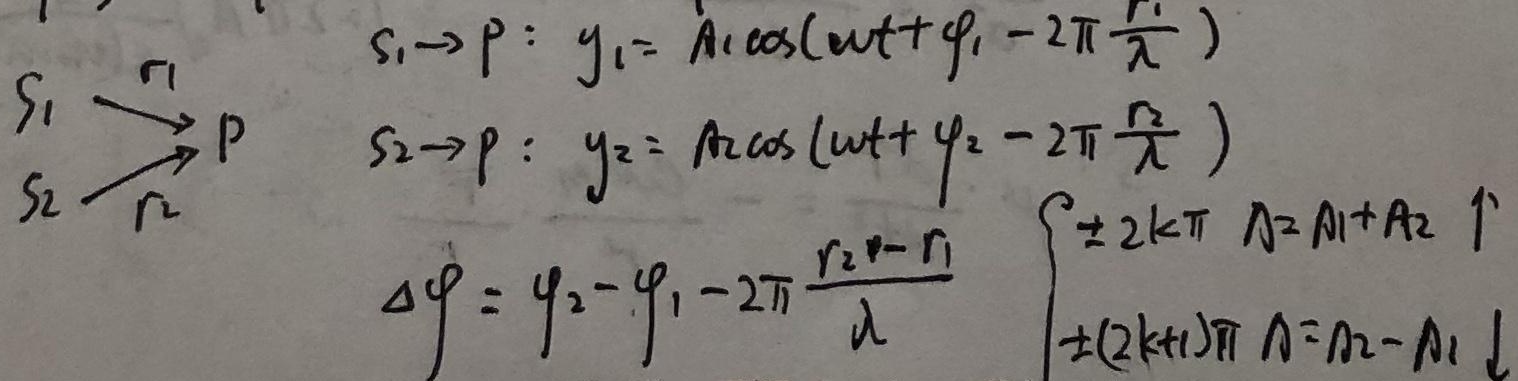
由两个波源\(S_1\)、\(S_2\)发出的波在\(P\)点引起的振动分别为：
\[\begin{align*}
S_1\rightarrow P: y_1&=A_1\cos(\omega t+\varphi_1 - 2\pi\frac{r_1}{\lambda})\\
S_2\rightarrow P: y_2&=A_2\cos(\omega t+\varphi_2 - 2\pi\frac{r_2}{\lambda})
\end{align*}\]
两振动的相位差为：
\[\Delta\varphi=\varphi_2-\varphi_1 - 2\pi\frac{r_2 - r_1}{\lambda}\]
当\(\Delta\varphi = \pm 2k\pi\)（\(k = 0,1,2,\cdots\)）时，合振幅\(A = A_1 + A_2\)；当\(\Delta\varphi = \pm(2k + 1)\pi\)（\(k = 0,1,2,\cdots\)）时，合振幅\(A = |A_2 - A_1|\)。即：
\[\Delta\varphi=\begin{cases}
\pm 2k\pi, & \text{此时 }A = A_1 + A_2\\
\pm(2k + 1)\pi, & \text{此时 }A = |A_2 - A_1|
\end{cases}\]